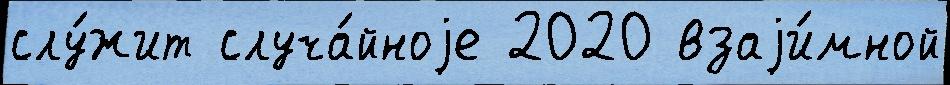
слу́жит случа́йноjе 2020 взаjи́мной